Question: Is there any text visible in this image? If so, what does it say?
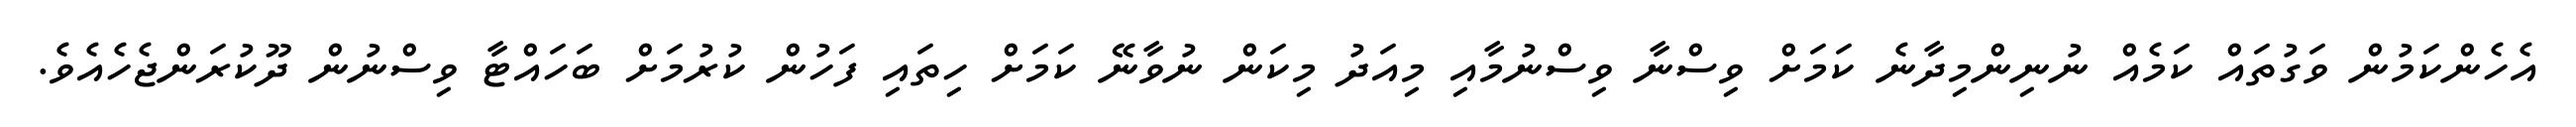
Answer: އެހެންކަމުން ވަގުތައް ކަމެއް ނުނިންމިދާނެ ކަމަށް ވިސްނާ ވިސްނުމާއި މިއަދު މިކަން ނުވާނޭ ކަމަށް ހިތައި ފަހުން ކުރުމަށް ބަހައްޓާ ވިސްނުން ދޫކުރަންޖެހެއެވެ.